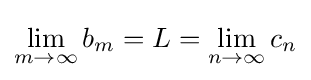
\lim _{m\to \infty }b_{m}=L=\lim _{n\to \infty }c_{n}